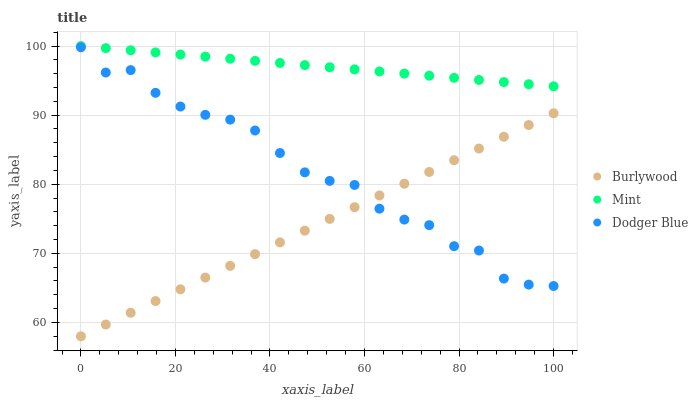
| xaxis_label | Burlywood | Mint | Dodger Blue |
 | --- | --- | --- | --- |
 | 0 | 58 | 100 | 99.8 |
 | 5.26 | 59.7 | 99.7 | 96.2 |
 | 10.5 | 61.4 | 99.4 | 96.5 |
 | 15.8 | 63.1 | 99.1 | 93.2 |
 | 21.1 | 64.8 | 98.8 | 91.2 |
 | 26.3 | 66.5 | 98.5 | 90 |
 | 31.6 | 68.2 | 98.2 | 89.3 |
 | 36.8 | 69.9 | 97.9 | 87.8 |
 | 42.1 | 71.6 | 97.5 | 84.5 |
 | 47.4 | 73.3 | 97.2 | 81.7 |
 | 52.6 | 75 | 96.9 | 80.5 |
 | 57.9 | 76.7 | 96.6 | 79.9 |
 | 63.2 | 78.4 | 96.3 | 76.5 |
 | 68.4 | 80.1 | 96 | 74.9 |
 | 73.7 | 81.8 | 95.7 | 74.1 |
 | 78.9 | 83.5 | 95.4 | 71 |
 | 84.2 | 85.2 | 95.1 | 70.4 |
 | 89.5 | 86.9 | 94.8 | 66.3 |
 | 94.7 | 88.6 | 94.5 | 65.5 |
 | 100 | 90.3 | 94.2 | 65.3 |